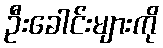
ဦးခေါင်းများကို